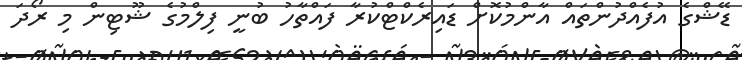
ޑޭޝްގެ އުފެއްދުންތައް އާންމުކޮށް ޑައިރެކްޓްކުރާ ފައްތާހު ބުނީ ފިލްމުގެ ޝޫޓިން މި ރޯދަ